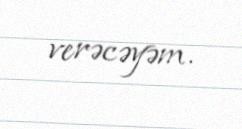
verəcəyəm.